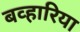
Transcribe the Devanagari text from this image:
बव्हारिया